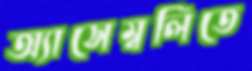
অ্যাসেম্বলিতে